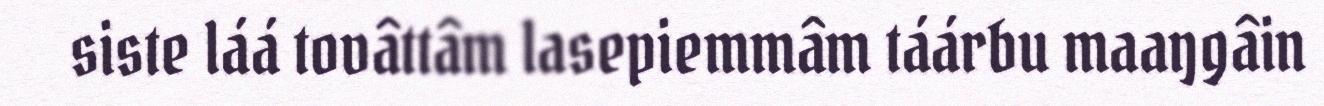
siste láá tovâttâm lasepiemmâm táárbu maaŋgâin